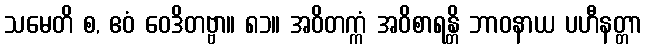
သမေတိ စ, ဧဝံ ဝေဒိတဗ္ဗာ။ ၈၁။ အဝိတက္ကံ အဝိစာရန္တိ ဘာဝနာယ ပဟီနတ္တာ